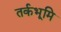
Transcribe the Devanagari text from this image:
तर्कभूमि